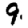
Digit: 9